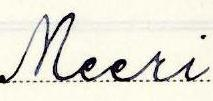
Meeri